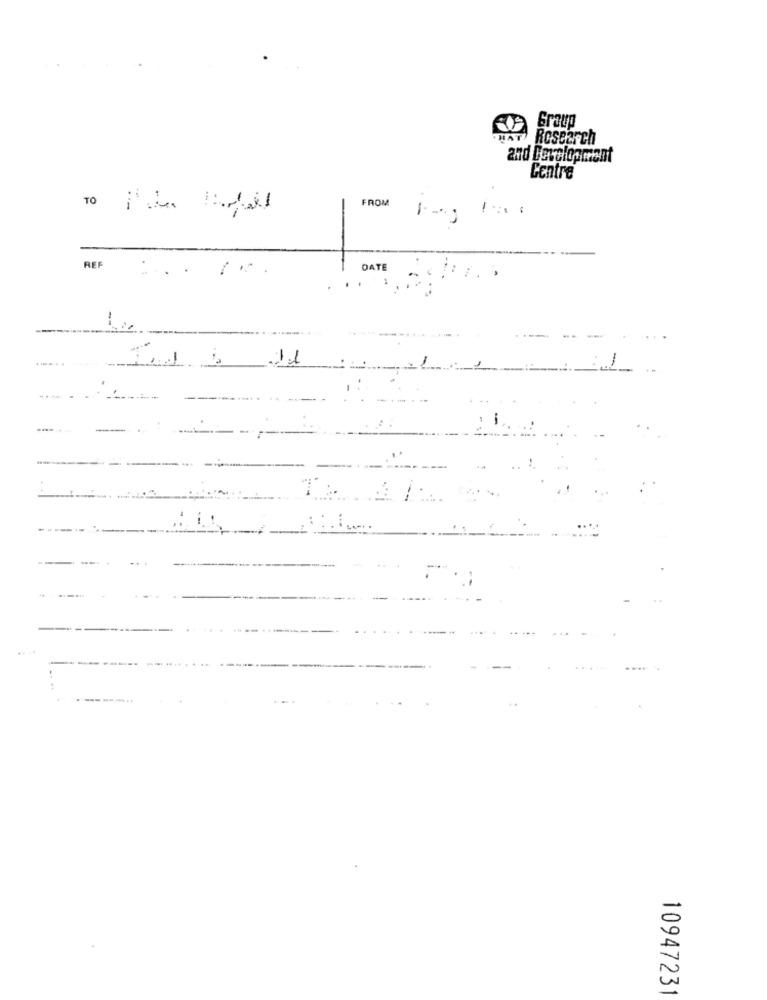
Graup
HAT Research
and Development
Centre
FROM
REF
DATE
-
11
10947231